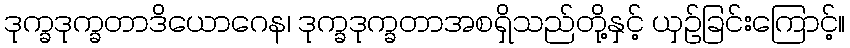
ဒုက္ခဒုက္ခတာဒိယောဂေန၊ ဒုက္ခဒုက္ခတာအစရှိသည်တို့နှင့် ယှဉ်ခြင်းကြောင့်။